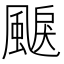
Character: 𩗭